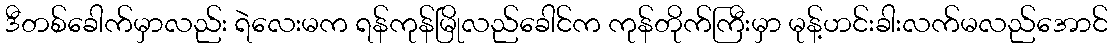
ဒီတစ်ခေါက်မှာလည်း ရဲလေးမက ရန်ကုန်မြိုလည်ခေါင်က ကုန်တိုက်ကြီးမှာ မုန့်ဟင်းခါးလက်မလည်အောင်